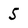
Character: 5